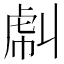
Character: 𧆮